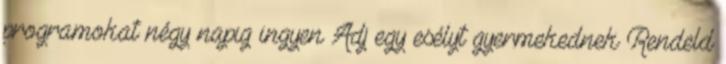
programokat négy napig ingyen Adj egy esélyt gyermekednek Rendeld